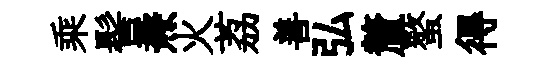
乘髻燾火荔善弘釐螯得